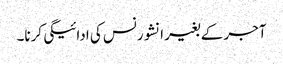
آجر کے بغیر انشورنس کی ادائیگی کرنا۔